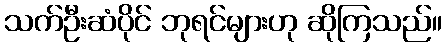
သက်ဦးဆံပိုင် ဘုရင်များဟု ဆိုကြသည်။